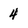
Character: 4